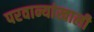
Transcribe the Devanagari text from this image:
परवान्यांखाली